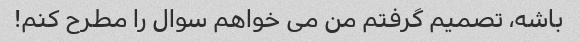
باشه، تصمیم گرفتم من می خواهم سوال را مطرح کنم!